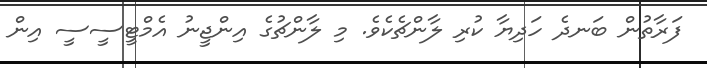
ފަރާތުން ބަނދެ ހަދިޔާ ކުރި ލާންޗެކެވެ. މި ލާންޗުގެ އިންޖީނު އެމްޓީސީސީ އިން